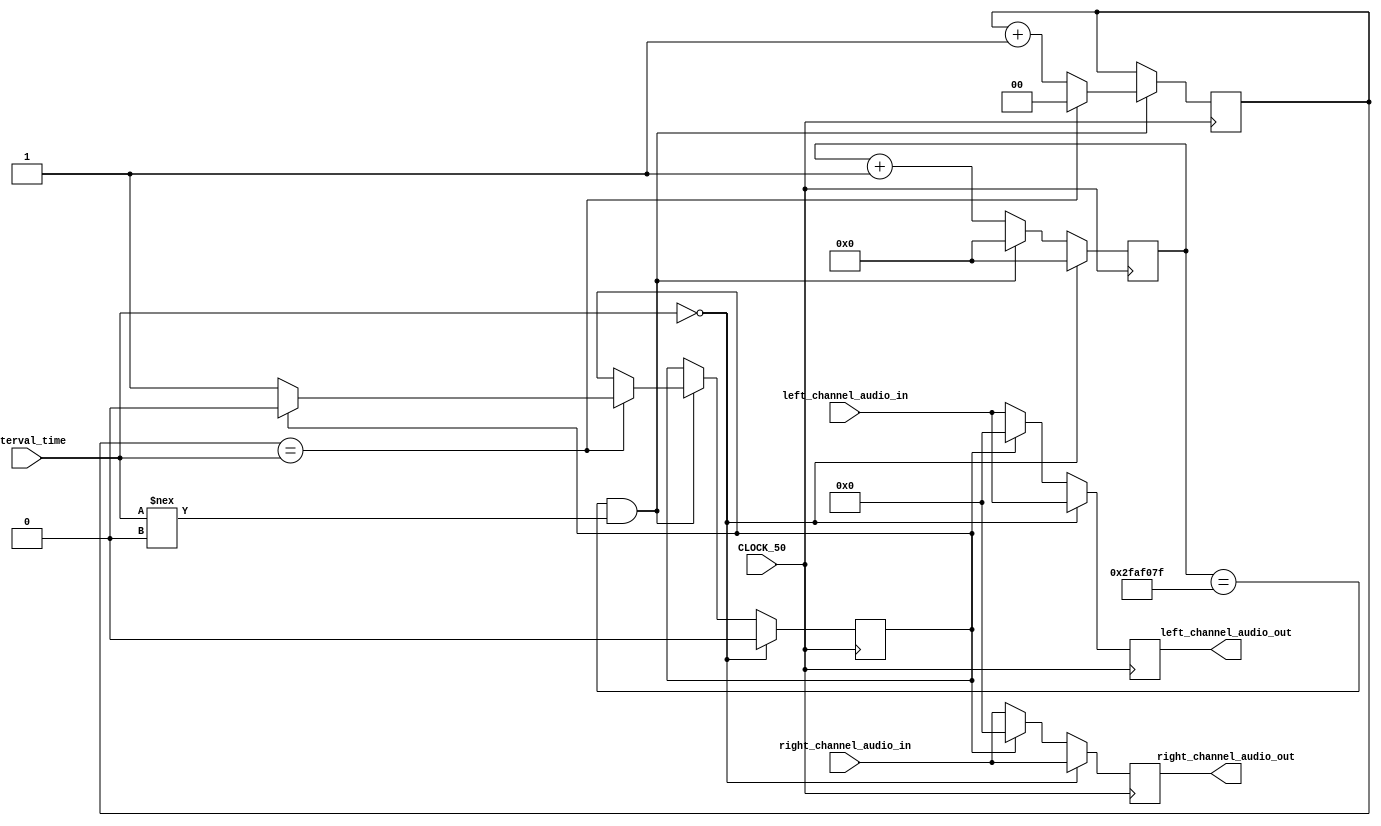
// Repeats the pattern of cutting off and cutting on music every (interval_time) in seconds
module CutOffCutOnRepeat(
	// Inputs
	left_channel_audio_in,
	right_channel_audio_in,
	interval_time, // in seconds
	CLOCK_50,
	
	// Outputs
	left_channel_audio_out,
	right_channel_audio_out
);

// Inputs
input [31:0] left_channel_audio_in;
input [31:0] right_channel_audio_in;
input [1:0] interval_time;
input CLOCK_50;

// Outputs
output reg [31:0] left_channel_audio_out;
output reg [31:0] right_channel_audio_out;

// Counter
reg [25:0] mhz_counter = 26'b0;
reg [1:0] second_counter = 2'b00;
reg cut = 1'b0;

always@(posedge CLOCK_50)
begin
	if(mhz_counter == 26'd49999999 && interval_time !== 2'b00)
		begin
			mhz_counter <= 26'd0;
			if(second_counter == interval_time)
				// Negate cut if second_counter is equal to interval_time and reset second_counter
				begin
					if(cut == 1'b0)
						begin
							cut <= 1'b1;
						end
					else
						begin
							cut <= 1'b0;
						end
					second_counter <= 2'b00;
				end
			else
				begin
					second_counter <= second_counter + 2'b01;
				end
		end
	else
		begin
			mhz_counter <= mhz_counter + 26'b1;
		end
	
	if(interval_time == 2'b00)
		begin
			mhz_counter <= 26'b0;
			cut <= 1'b0;
			left_channel_audio_out = left_channel_audio_in;
			right_channel_audio_out = right_channel_audio_in;
		end
	else
		if(cut == 1'b0)
			// Play normally if not cut
			begin
				left_channel_audio_out = left_channel_audio_in;
				right_channel_audio_out = right_channel_audio_in;
			end
		else
			// Play nothing if cut
			begin
				left_channel_audio_out = 32'b0;
				right_channel_audio_out = 32'b0;
			end
end

endmodule